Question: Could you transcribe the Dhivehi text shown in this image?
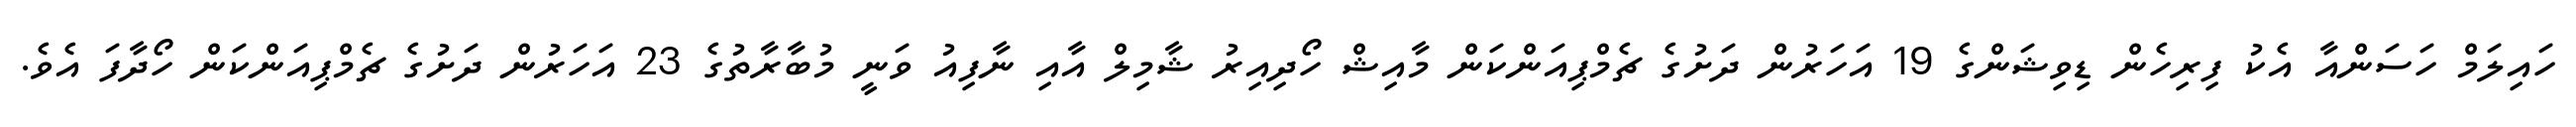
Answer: ހައިލަމް ހަސަންއާ އެކު ފިރިހެން ޑިވިޝަންގެ 19 އަހަރުން ދަށުގެ ޗެމްޕިއަންކަން މާއިޝް ހޯދިއިރު ޝާމިލް އާއި ނާފިއު ވަނީ މުބާރާތުގެ 23 އަހަރުން ދަށުގެ ޗެމްޕިއަންކަން ހޯދާފަ އެވެ.